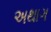
અથાગ